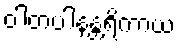
ဝါတပါနန္တရိကာယ